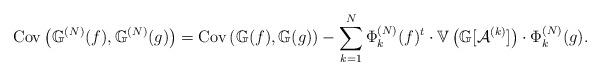
LaTeX: \begin{align*}\mathrm{Cov}\left(\mathbb{G}^{(N)}(f),\mathbb{G}^{(N)}(g)\right) & =\mathrm{Cov}\left(\mathbb{G}(f),\mathbb{G}(g)\right)-\sum_{k=1}^{N}\Phi_{k}^{(N)}(f)^{t}\cdot\mathbb{V}\left( \mathbb{G}[\mathcal{A}^{(k)}]\right) \cdot\Phi_{k}^{(N)}(g).\end{align*}